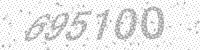
Solution: 695100